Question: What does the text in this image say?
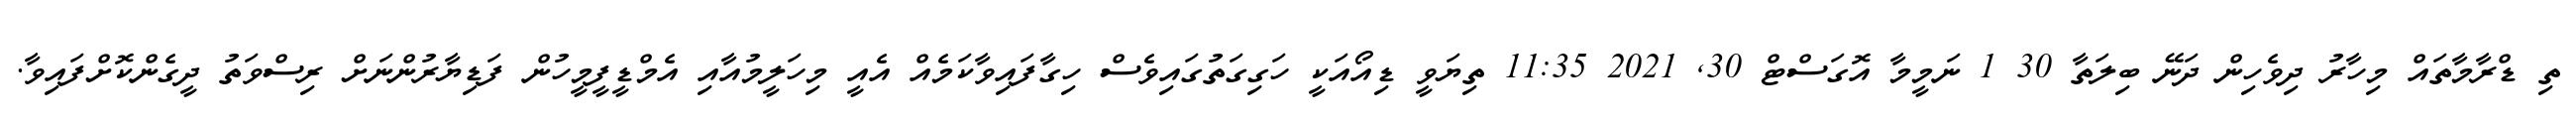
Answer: ތި ޑްރާމާތައް މިހާރު ދިވެހިން ދަނޭ ބިލަތާ 30 1 ނަމީމާ އޮގަސްޓް 30, 2021 11:35 ތިޔަވީ ޑިއޯއަކީ ހަގިގަތުގައިވެސް ހިގާފައިވާކަމެއް އެއީ މިހަލީމުއާއި އެމްޑީފީމީހުން ފަޑިޔާރުންނަށް ރިސްވަތު ދީގެންކޮށްފައިވާ.